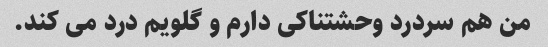
من هم سردرد وحشتناکی دارم و گلویم درد می کند.